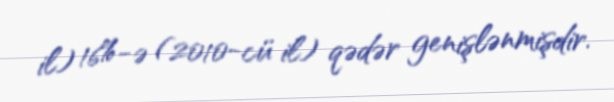
il) 16%-ə (2010-cü il) qədər genişlənmişdir.